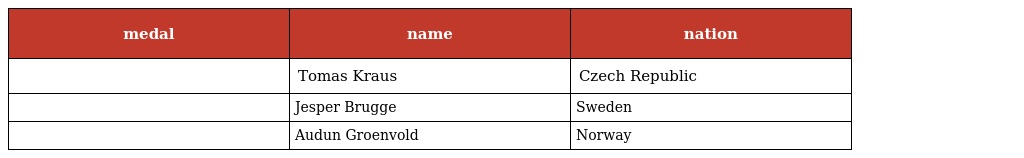
| medal | name | nation |
 | --- | --- | --- |
 |  | Tomas Kraus | Czech Republic |
 |  | Jesper Brugge | Sweden |
 |  | Audun Groenvold | Norway |